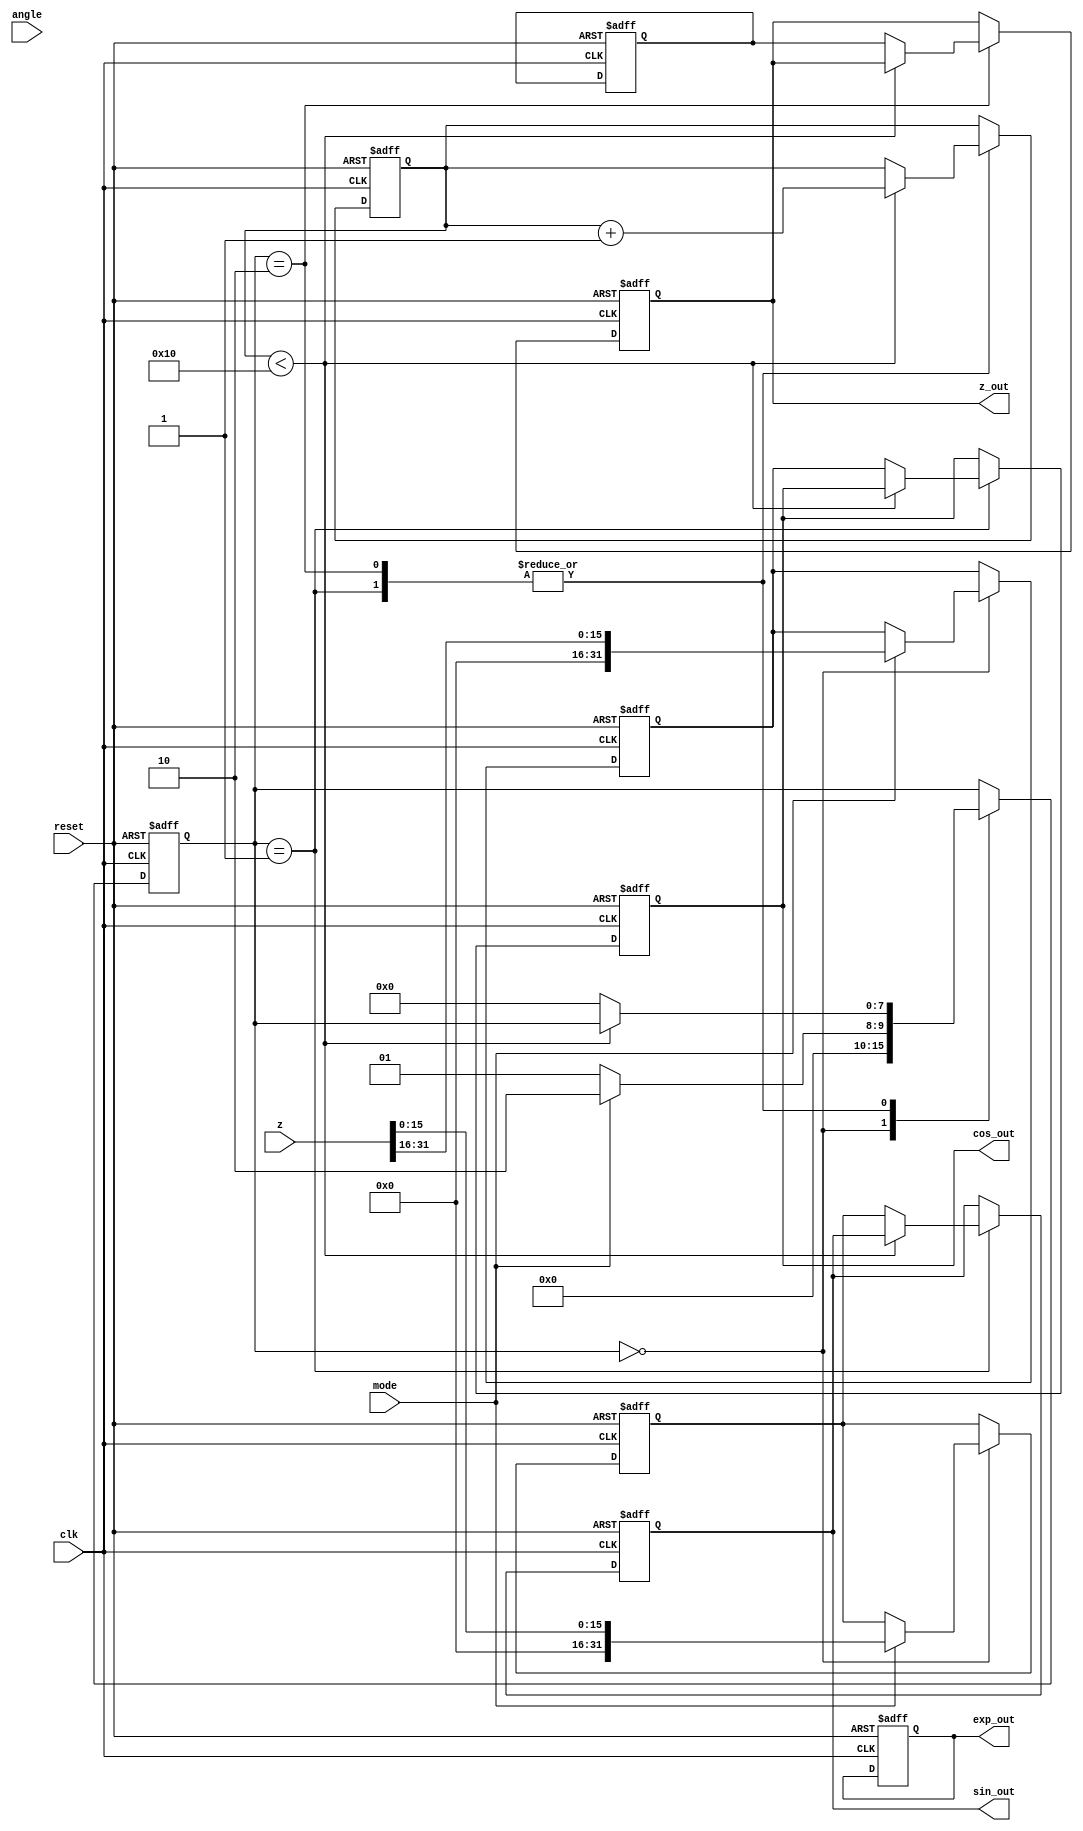
module cordic_fp (
    input wire clk,
    input wire reset,
    input wire [31:0] angle, // Angle in radians (IEEE 754 floating-point)
    input wire [31:0] z,     // Vector input (IEEE 754 floating-point)
    input wire mode,         // 0 for rotation, 1 for vectoring
    output reg [31:0] sin_out, // Sine output
    output reg [31:0] cos_out, // Cosine output
    output reg [31:0] exp_out, // Exponential output
    output reg [31:0] z_out    // Vectoring output
);

// Internal registers and parameters
reg [31:0] x_reg, y_reg, z_reg;
reg [31:0] angle_reg;
reg [4:0] iteration; // For CORDIC iterations
reg [7:0] state;     // FSM state
reg [31:0] gain;     // CORDIC gain
reg [31:0] angle_table [0:15]; // Pre-calculated angles
reg [31:0] gain_table [0:15];  // Pre-calculated gains

// CORDIC angle and gain initialization
initial begin
    angle_table[0] = 32'h3F000000; // atan(1) = 45 degrees
    angle_table[1] = 32'h3E200000; // atan(0.5) = 26.565 degrees
    // Fill in other angle values...
    
    gain_table[0] = 32'h3F000000; // Gain for 0 iterations
    gain_table[1] = 32'h3F1A0000; // Gain for 1 iteration
    // Fill in other gain values...
    
    gain = gain_table[15]; // Final gain after all iterations
end

// FSM for controlling operations
always @(posedge clk or posedge reset) begin
    if (reset) begin
        state <= 0;
        iteration <= 0;
        x_reg <= 32'h40000000; // Start with (1.0, 0.0)
        y_reg <= 32'h00000000;
        z_reg <= 32'h00000000; // Initialize z_reg for vectoring
        sin_out <= 32'h00000000;
        cos_out <= 32'h00000000;
        exp_out <= 32'h00000000;
        z_out <= 32'h00000000;
    end else begin
        case (state)
            0: begin // Initialize
                if (mode == 0) begin // Rotation mode
                    angle_reg <= angle;
                    state <= 1; // Move to the next state
                end else if (mode == 1) begin // Vectoring mode
                    x_reg <= z[31:16]; // Assume z contains (X, Y) in the upper 16 bits
                    y_reg <= z[15:0];
                    state <= 2; // Move to vectoring state
                end
            end
            1: begin // Rotation state
                if (iteration < 16) begin
                    // Perform rotation
                    // Use angle_table and gain_table for calculations
                    // Update x_reg, y_reg, z_reg
                    iteration <= iteration + 1;
                end else begin
                    // Finalize rotation outputs
                    sin_out <= y_reg;
                    cos_out <= x_reg;
                    state <= 0; // Return to initial state
                end
            end
            2: begin // Vectoring state
                if (iteration < 16) begin
                    // Perform vectoring
                    // Update z_out based on x_reg and y_reg
                    iteration <= iteration + 1;
                end else begin
                    // Finalize vectoring outputs
                    z_out <= z_reg; // Store final z value
                    state <= 0; // Return to initial state
                end
            end
            // Additional states as needed
        endcase
    end
end

endmodule